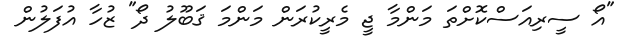
"އޯ ސީރިއަސްކޮށްތަ މަންމާ ޖީ މެރީކުރަން މަންމަ ޤަބޫލު ދޯ" ޒުހާ އުފަލުން